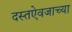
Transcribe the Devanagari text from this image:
दस्तऐवजाच्या